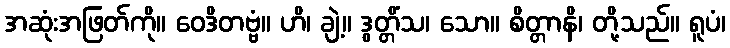
အဆုံးအဖြတ်ကို။ ဝေဒိတဗ္ဗံ။ ဟိ၊ ချဲ့။ ဒွတ္တိံသ၊ သော။ စိတ္တာနိ၊ တို့သည်။ ရူပံ၊